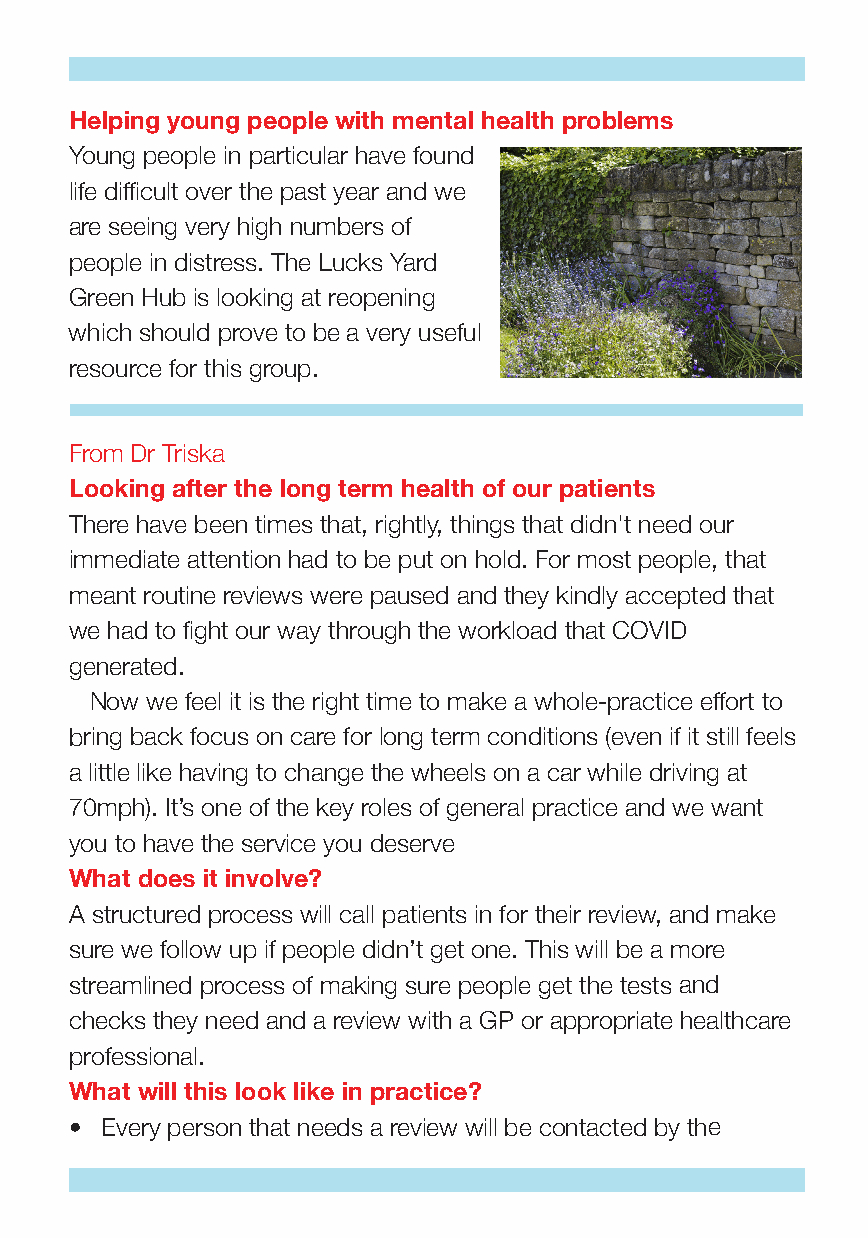
Helping young people with mental health problems
 Young people in particular have found
 life difficult over the past year and we
 are seeing very high numbers of
 people in distress. The Lucks Yard
 Green Hub is looking at reopening
 which should prove to be a very useful
 resource for this group.
 From Dr Triska
 Looking after the long term health of our patients
 There have been times that, rightly, things that didn't need our
 immediate attention had to be put on hold. For most people, that
 meant routine reviews were paused and they kindly accepted that
 we had to fight our way through the workload that COVID
 generated.
 Now we feel it is the right time to make a whole-practice effort to
 bring back focus on care for long term conditions (even if it still feels
 a little like having to change the wheels on a car while driving at
 70mph). It’s one of the key roles of general practice and we want
 you to have the service you deserve
 What does it involve?
 A structured process will call patients in for their review, and make
 sure we follow up if people didn’t get one. This will be a more
 streamlined process of making sure people get the tests and
 checks they need and a review with a GP or appropriate healthcare
 professional.
 What will this look like in practice?
 • Every person that needs a review will be contacted by the